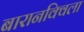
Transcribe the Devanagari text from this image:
बारानक्विला